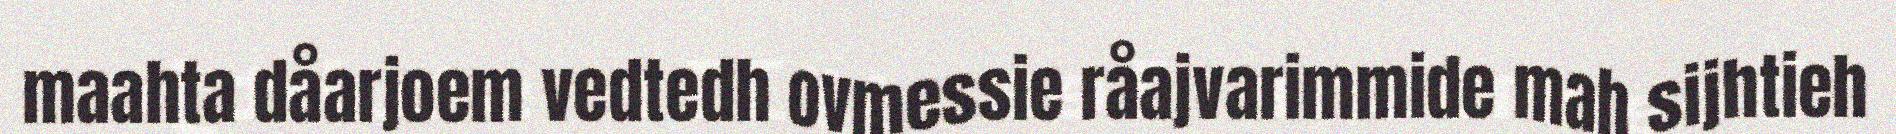
maahta dåarjoem vedtedh ovmessie råajvarimmide mah sijhtieh